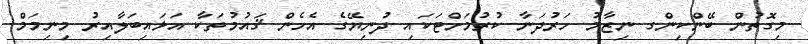
މިގޮތުން ބޭންކިންގ ނިޒާމު ހަރުދަނާ ކުރުމަށްޓަކައި ދުނިޔޭގެ އެހެން ޤައުމުތަކާ އަޅައިބަލާއިރު މިނިމަމް